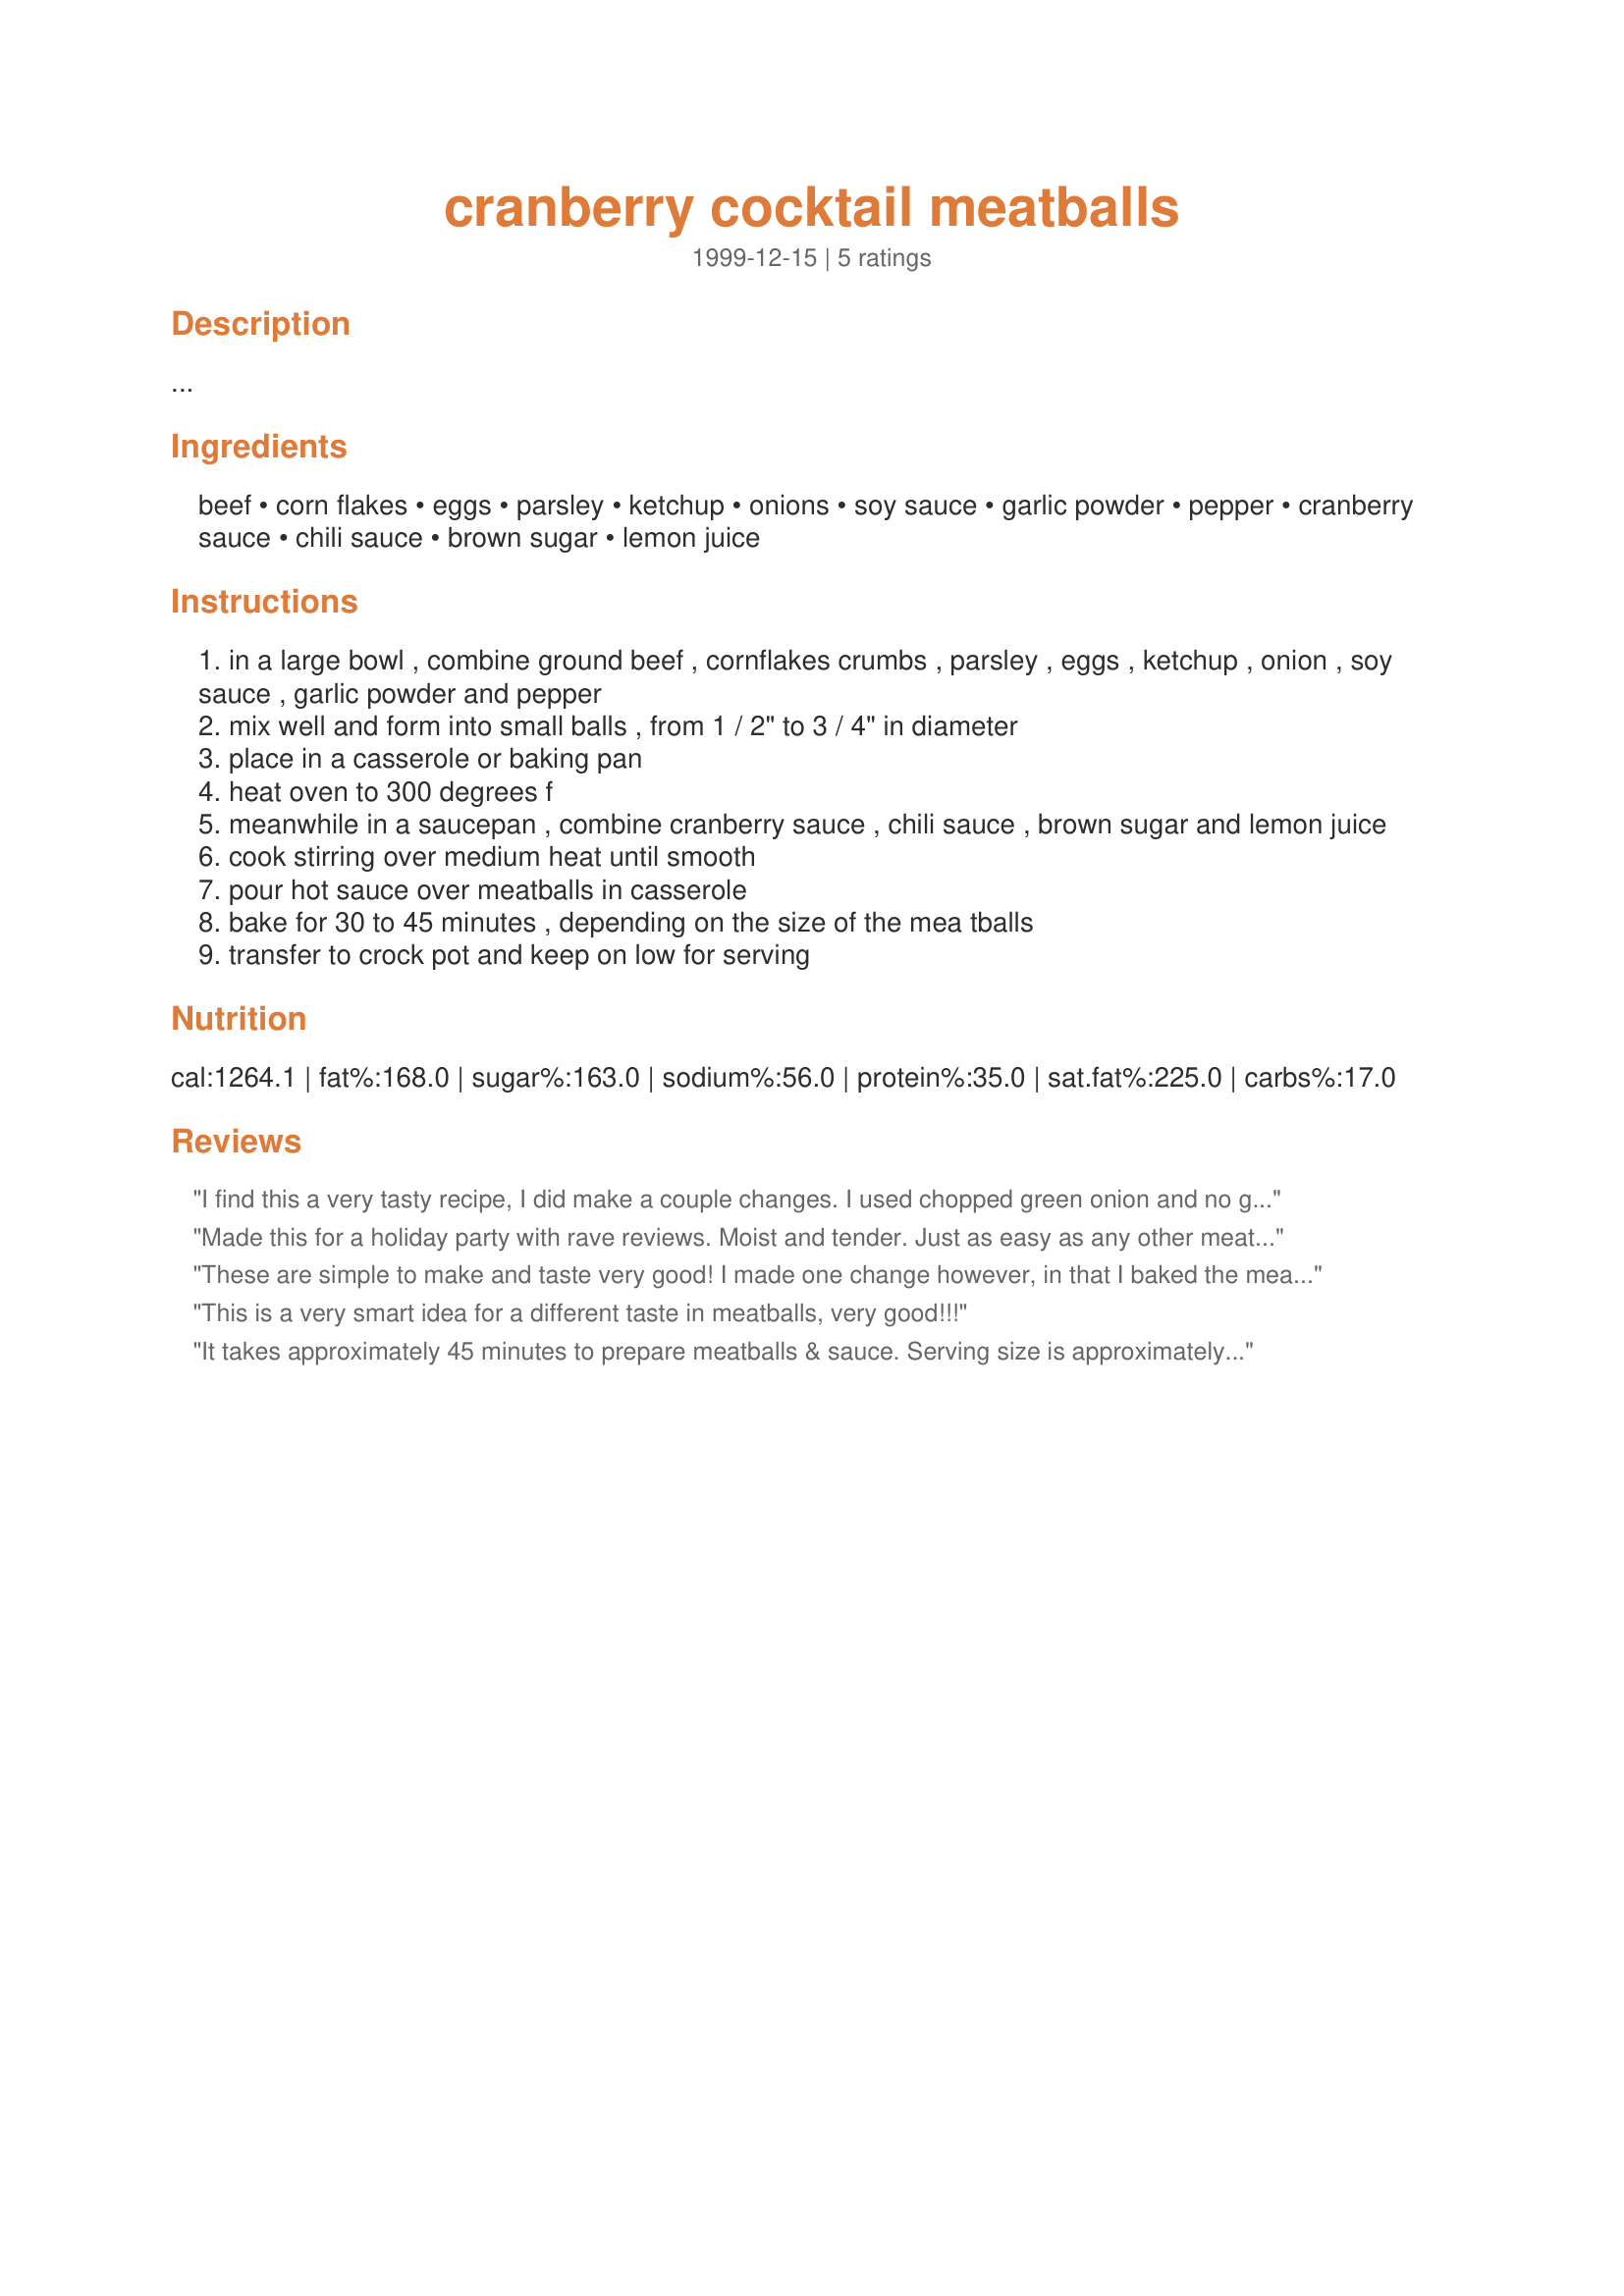
cranberry cocktail meatballs
Preparation time: 0 minutes

Ingredients:
beef, corn flakes, eggs, parsley, ketchup, onions, soy sauce, garlic powder, pepper, cranberry sauce, chili sauce, brown sugar, lemon juice

Steps:
in a large bowl , combine ground beef , cornflakes crumbs , parsley , eggs , ketchup , onion , soy sauce , garlic powder and pepper
mix well and form into small balls , from 1 / 2" to 3 / 4" in diameter
place in a casserole or baking pan
heat oven to 300 degrees f
meanwhile in a saucepan , combine cranberry sauce , chili sauce , brown sugar and lemon juice
cook stirring over medium heat until smooth
pour hot sauce over meatballs in casserole
bake for 30 to 45 minutes , depending on the size of the mea tballs
transfer to crock pot and keep on low for serving

Reviews:
I find this a very tasty recipe, I did make a couple changes. I used chopped green onion and no garlic as DH doesn't like it. I halved the recipe but made the whole sauce
part as we like lots of sauce on it.
Made this for a holiday party with rave reviews. Moist and tender. Just as easy as any other meatball recipe. (I forgot to add parsley with no adverse reaction.) Great tasting sauce. I froze the meatballs ahead of time, then defrosted them, made the sauce, put everything in the crockpot and let it go. This would also make a really tasty meatloaf! As Rachel Ray says, "YUMMO!"
These are simple to make and taste very good! I made one change however, in that I baked the meatballs first and drained the fat off before stirring them into the sauce. Brought these to two holiday parties this season and got raves each time, and requests for the recipe. Thanks for posting!
This is a very smart idea for a different taste in meatballs, very good!!!
It takes approximately 45 minutes to prepare meatballs & sauce. Serving size is approximately 38 meat balls. I used ground turkey instead of beef & came out much better, used fresh garlic & minced together with the onions, also a dash of cajun & Itatilian seasonings made the meatballs a complete success.
